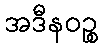
အဒီနဝဉ္စ